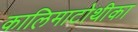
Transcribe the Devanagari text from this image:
कालिमाटोथीका